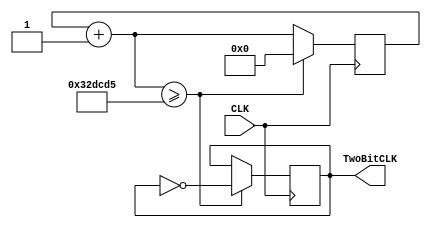
//LFF.v
// Developed by Jesus Adrian Guerra with help from Rhyan Johnson and Jeneane Amin
// Lowers the frequency of the clock for the 2 bit counter

module LowerFrequency(

    input CLK,
    output reg TwoBitCLK = 0
 );
 
reg [16:0]counter = 0;

always@(posedge CLK)
begin
    counter = counter+1;
    if(counter >= 3333333) begin
    TwoBitCLK = !TwoBitCLK;
    counter = 0;

    end

    end

endmodule